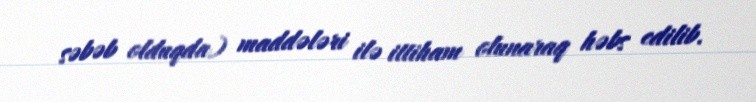
səbəb olduqda) maddələri ilə ittiham olunaraq həbs edilib.